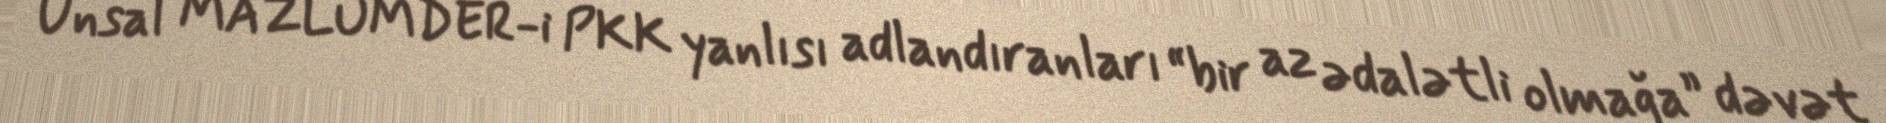
Ünsal MAZLUMDER-i PKK yanlısı adlandıranları “bir az ədalətli olmağa” dəvət